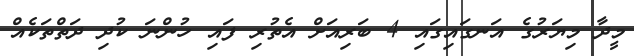
މީދާ މިޔަރުގެ އަނގައިގައި 4 ބަރިއަށް އެތުރި ފައި ހުންނަ ކުދި ދަތްތަކެއް